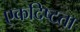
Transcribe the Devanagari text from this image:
एकदिष्‍टता